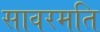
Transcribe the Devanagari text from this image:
सावरमति